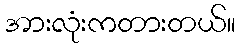
အားလုံးကတားတယ်။